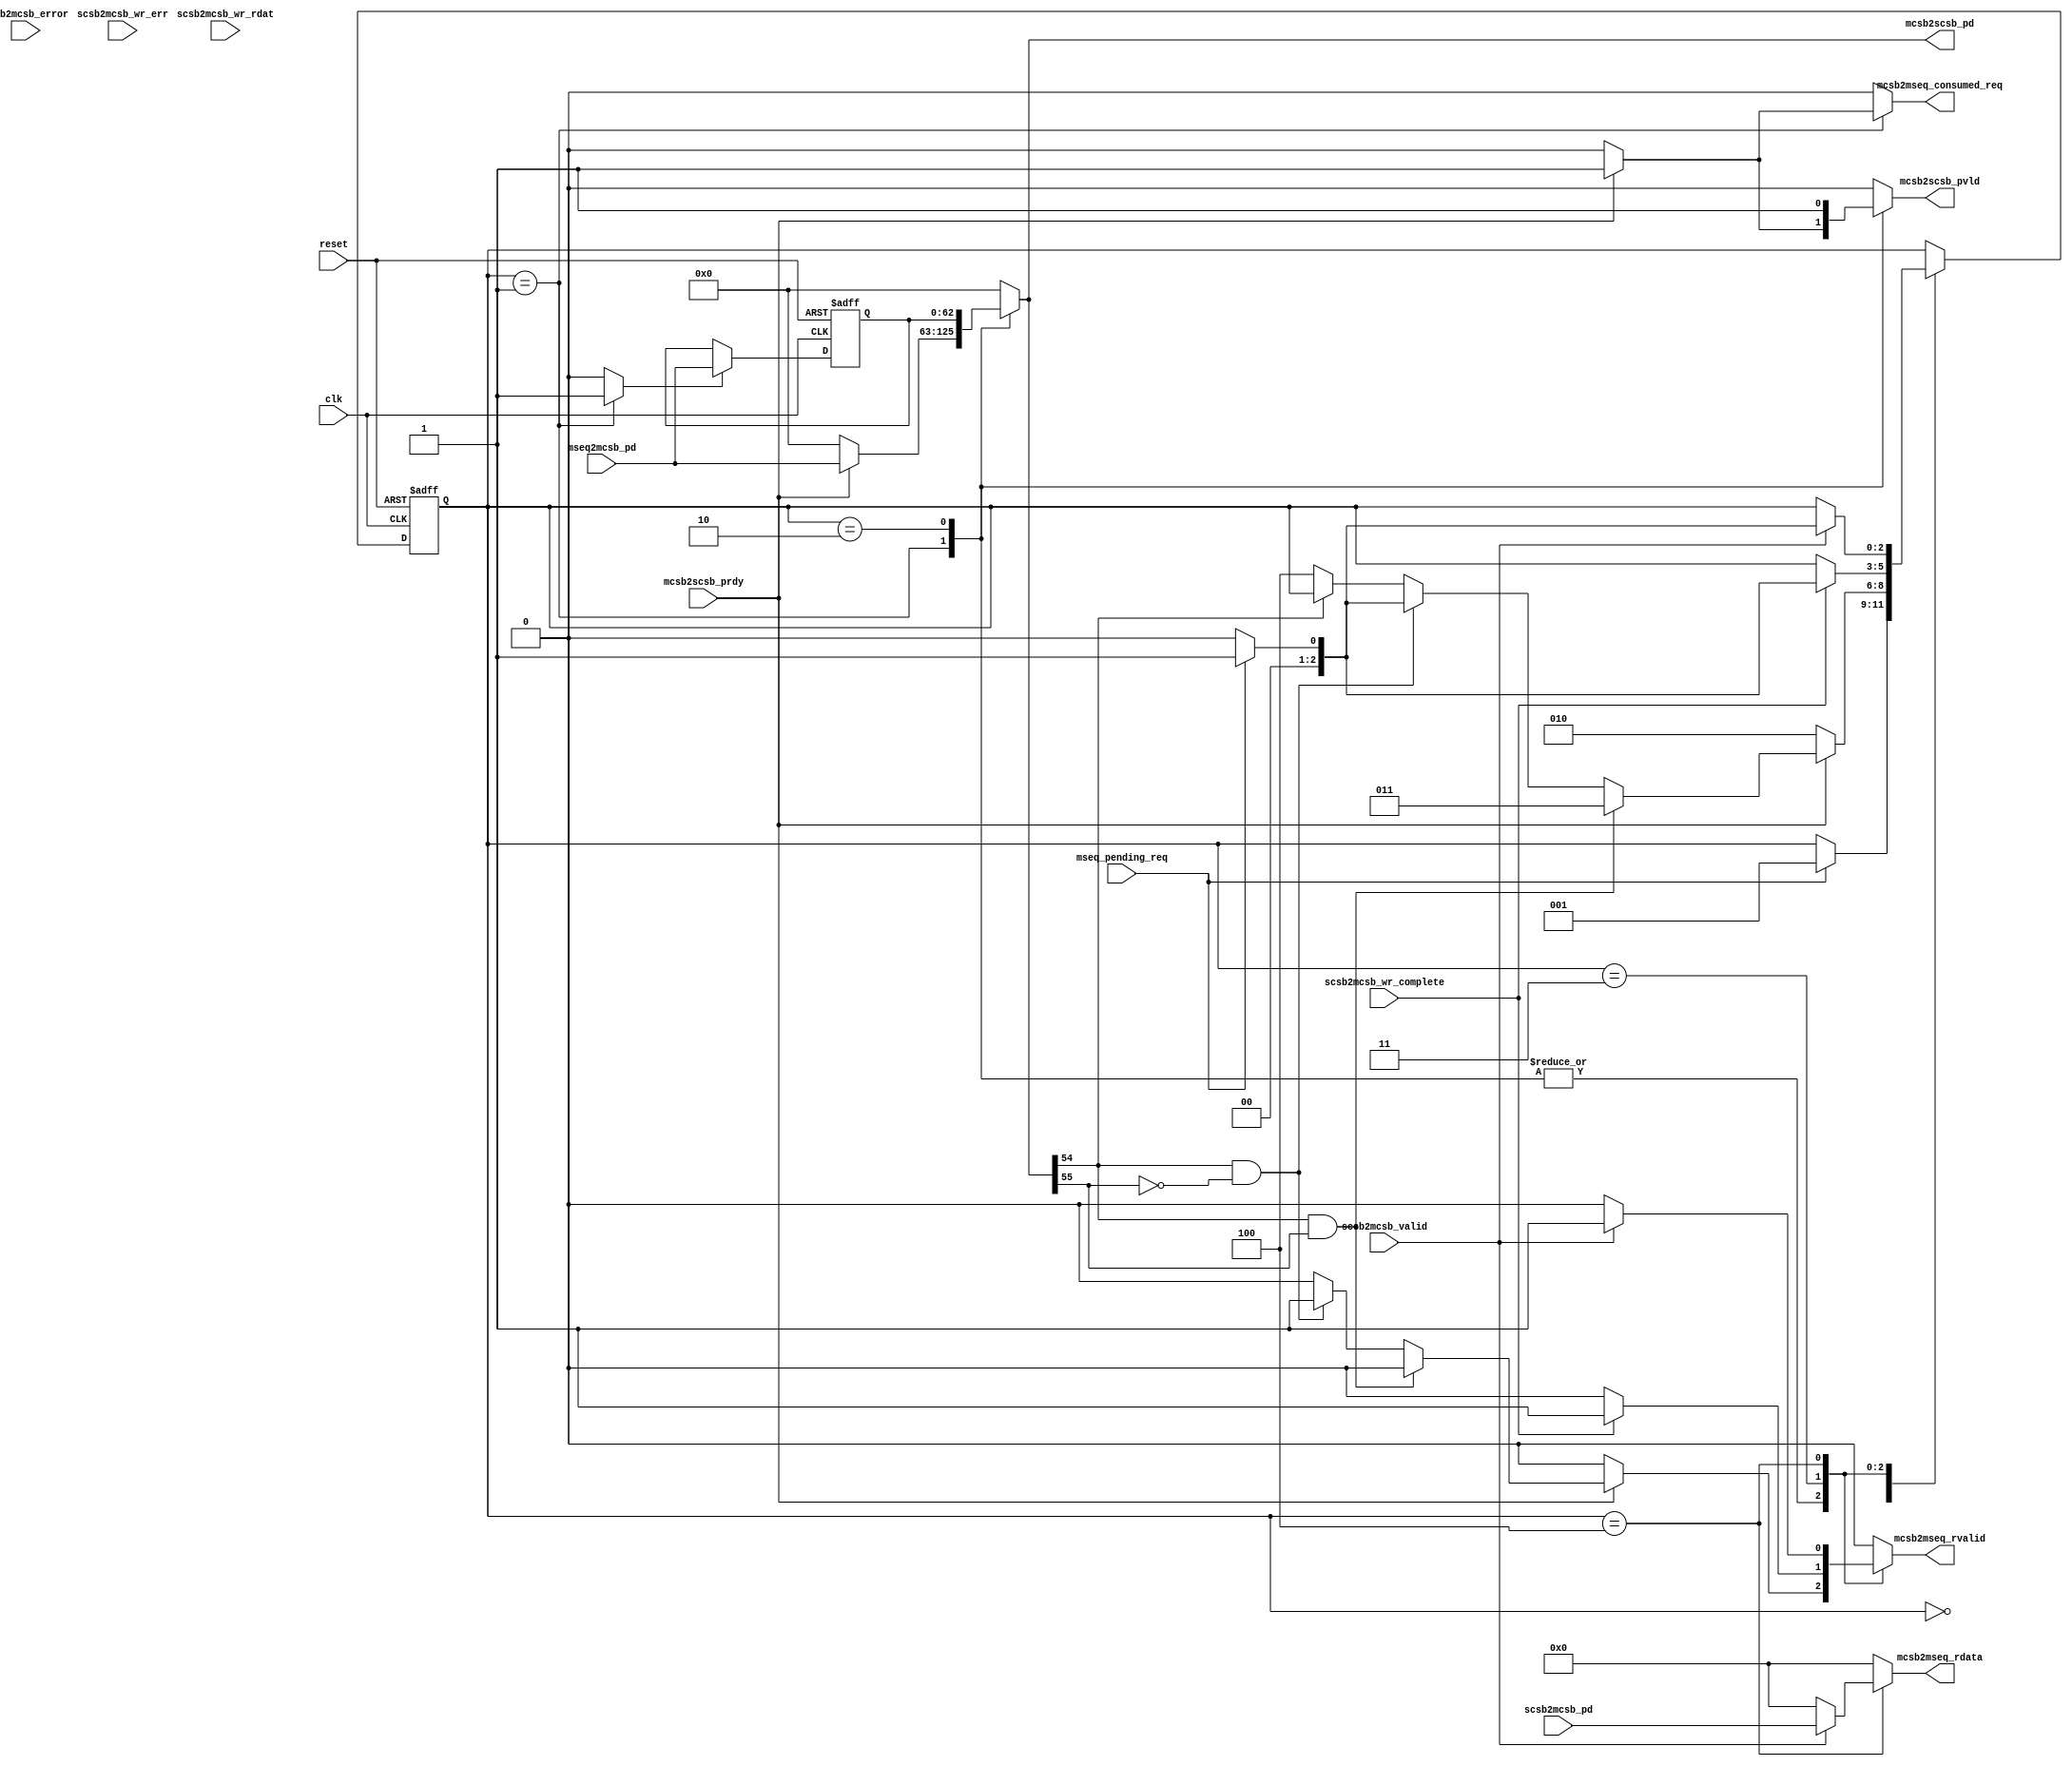

module syn_csb_master (
    clk,
    reset,

    mcsb2scsb_pvld,
    mcsb2scsb_prdy,
    mcsb2scsb_pd,

    scsb2mcsb_valid,
    scsb2mcsb_pd,
    scsb2mcsb_error,
    scsb2mcsb_wr_complete,
    scsb2mcsb_wr_err,
    scsb2mcsb_wr_rdat,

    mseq_pending_req,
    mcsb2mseq_consumed_req,
    mseq2mcsb_pd,
    mcsb2mseq_rdata,
    mcsb2mseq_rvalid
);

input clk;
input reset;

output reg mcsb2scsb_pvld;
input mcsb2scsb_prdy;
output reg [62:0] mcsb2scsb_pd;
// level 62:61
// nposted 55
// addr 21:0
// wrbe 60:57
// srcpriv 56
// write 54
// wdat 53:52
wire [1:0] mcsb2scsb_pd_level;
wire mcsb2scsb_pd_nposted;
wire [21:0] mcsb2scsb_pd_addr;
wire [3:0] mcsb2scsb_pd_wrbe;
wire mcsb2scsb_pd_srcpriv;
wire mcsb2scsb_pd_write;
wire [31:0] mcsb2scsb_pd_wdat;
assign mcsb2scsb_pd_level = mcsb2scsb_pd[62:61];
assign mcsb2scsb_pd_wrbe = mcsb2scsb_pd[60:57];
assign mcsb2scsb_pd_srcpriv = mcsb2scsb_pd[56:56];
assign mcsb2scsb_pd_nposted = mcsb2scsb_pd[55:55];
assign mcsb2scsb_pd_write = mcsb2scsb_pd[54:54];
assign mcsb2scsb_pd_wdat = mcsb2scsb_pd[53:22];
assign mcsb2scsb_pd_addr = mcsb2scsb_pd[21:0];

input scsb2mcsb_valid;
input [31:0] scsb2mcsb_pd;
input scsb2mcsb_error;
input scsb2mcsb_wr_complete;
input scsb2mcsb_wr_err;
input scsb2mcsb_wr_rdat;

input mseq_pending_req;
input [62:0] mseq2mcsb_pd;
output reg mcsb2mseq_consumed_req;
output reg [31:0] mcsb2mseq_rdata;
output reg mcsb2mseq_rvalid;

reg [62:0] latched_mseq_pd;

// Response channel wires
wire scsb2mcsb_valid;
wire scsb2mcsb_error;
wire scsb2mcsb_wr_complete;
wire scsb2mcsb_wr_err;
wire scsb2mcsb_wr_rdat;

//wire mcsb2mseq_rdata;
//wire mcsb2mseq_rvalid;

reg latch_req;

reg [31:0] latched_scsb2mcsb_pd;

reg [2:0]  m_csb_st_next;
reg [2:0]  m_csb_st_curr;
// MASTER CSB FSM
`define M_CSB_IDLE              3'b000
`define M_CSB_START_REQ         3'b001
`define M_CSB_HOLD_REQ          3'b010
`define M_CSB_WAIT_FOR_WR_COMP  3'b011
`define M_CSB_WAIT_FOR_RD_VALID 3'b100

always @(posedge clk) begin
  latched_scsb2mcsb_pd <= scsb2mcsb_valid ? scsb2mcsb_pd : 0;
end

always @ (*) begin
  m_csb_st_next = m_csb_st_curr;
  mcsb2mseq_consumed_req = 0;
  latch_req = 0;
  mcsb2scsb_pvld = 1'b0;
  mcsb2scsb_pd = 63'b0;
  mcsb2mseq_rdata = 0;
  mcsb2mseq_rvalid = 0;
  // Initial values. May be overwritten in cases 
 
  begin
    casez (m_csb_st_curr)
      `M_CSB_IDLE: begin
        //output signals = 0
        if (mseq_pending_req) begin
          m_csb_st_next = `M_CSB_START_REQ;
        end
      end
      `M_CSB_START_REQ: begin
        latch_req = 1;
        if (mcsb2scsb_prdy) begin
          // output signals = mseq req
          mcsb2scsb_pvld = 1'b1;
          mcsb2scsb_pd = mseq2mcsb_pd;
          mcsb2mseq_consumed_req = 1;
          if (mcsb2scsb_pd_write & mcsb2scsb_pd_nposted) begin
            m_csb_st_next = `M_CSB_WAIT_FOR_WR_COMP;
          end else if (mcsb2scsb_pd_write & !mcsb2scsb_pd_nposted) begin
            mcsb2mseq_rvalid = 1;
            if (mseq_pending_req) begin
              m_csb_st_next = `M_CSB_START_REQ;
            end else begin
              m_csb_st_next = `M_CSB_IDLE;
            end
          end else if (!mcsb2scsb_pd_write) begin
            m_csb_st_next = `M_CSB_WAIT_FOR_RD_VALID;
          end
        end else begin
          m_csb_st_next = `M_CSB_HOLD_REQ;
        end
      end
      `M_CSB_HOLD_REQ: begin
        //output signals = latched_req
        mcsb2scsb_pvld = 1'b1;
        mcsb2scsb_pd = latched_mseq_pd;
        if (mcsb2scsb_prdy) begin
          if (mcsb2scsb_pd_write & mcsb2scsb_pd_nposted) begin
            m_csb_st_next = `M_CSB_WAIT_FOR_WR_COMP;
          end else if (mcsb2scsb_pd_write & !mcsb2scsb_pd_nposted) begin
            mcsb2mseq_rvalid = 1;
            if (mseq_pending_req) begin
              m_csb_st_next = `M_CSB_START_REQ;
            end else begin
              m_csb_st_next = `M_CSB_IDLE;
            end
          end else if (!mcsb2scsb_pd_write) begin
            m_csb_st_next = `M_CSB_WAIT_FOR_RD_VALID;
          end
        end else if (!mcsb2scsb_prdy) begin
          m_csb_st_next = `M_CSB_HOLD_REQ;
        end        
      end
      `M_CSB_WAIT_FOR_WR_COMP: begin
        //output signals = 0
        if (scsb2mcsb_wr_complete) begin
          mcsb2mseq_rvalid = 1;
          if (mseq_pending_req) begin
              m_csb_st_next = `M_CSB_START_REQ;
          end else begin
              m_csb_st_next = `M_CSB_IDLE;
          end
        end
      end
      `M_CSB_WAIT_FOR_RD_VALID: begin
        //output signals = 0
        if (scsb2mcsb_valid) begin
          mcsb2mseq_rvalid = 1;
          mcsb2mseq_rdata = scsb2mcsb_pd;
          if (mseq_pending_req) begin
            m_csb_st_next = `M_CSB_START_REQ;
          end else if (!mseq_pending_req) begin
            m_csb_st_next = `M_CSB_IDLE;
          end
        end
      end
    endcase
  end
end

// Updating FSM state
always @(posedge clk or negedge reset) begin
  if(!reset) begin
    m_csb_st_curr <= `M_CSB_IDLE;
    latched_mseq_pd <= 0;
  end else begin
    m_csb_st_curr <= m_csb_st_next;
    if (latch_req) begin
      latched_mseq_pd <= mseq2mcsb_pd;
    end
  end
end

endmodule